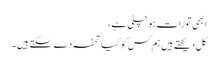
ابھی تو رات ہو چلی ہے،
کل دیکھتے ہیں ہم کس کو کیا تحفہ دے سکتے ہیں۔